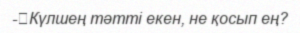
-	Күлшең тәтті екен, не қосып ең?